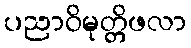
ပညာဝိမုတ္တိဖလာ